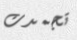
تجمدت